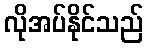
လိုအပ်နိုင်သည်